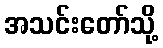
အသင်းတော်သို့